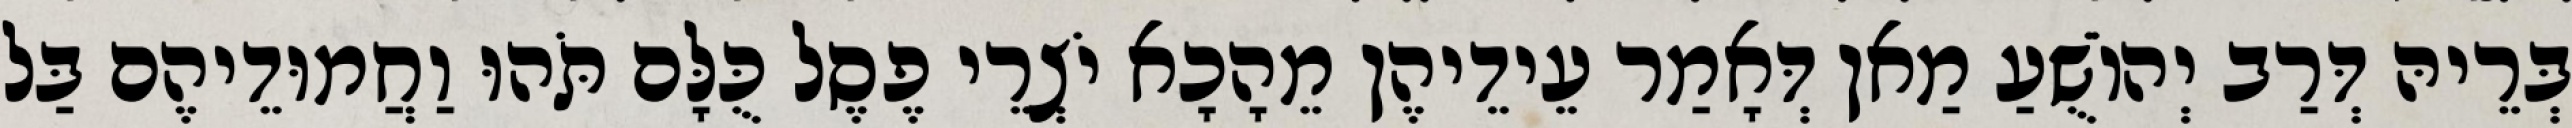
בְּרֵיהּ דְּרַב יְהוֹשֻׁעַ מַאן דְּאָמַר עֵידֵיהֶן מֵהָכָא יֹצְרֵי פֶסֶל כֻּלָּם תֹּהוּ וַחֲמוּדֵיהֶם בַּל